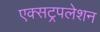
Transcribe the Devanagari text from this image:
एक्सट्रपलेशन